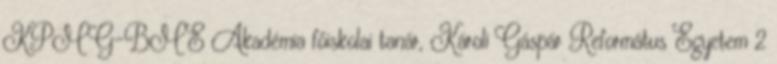
KPMG-BME Akadémia főiskolai tanár, Károli Gáspár Református Egyetem 2